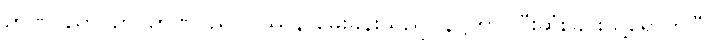
ဉာဏပညာပဉှာ၊ ဉာဏပညာပြဿနာမေးခွန်းသည်။ နိဋ္ဌိတာ၊ ပြီးဆုံးခြင်းသို့ရောက်ပြီ။